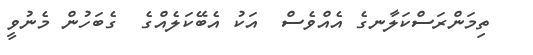
ތިމަންރަސްކަލާނގެ އެއްވެސް  އަކު އެބޭކަލެއްގެ  ގެބަހުން މެނުވީ